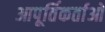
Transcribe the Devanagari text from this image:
आपूर्तिकर्ताओ